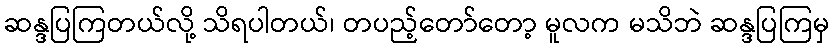
ဆန္ဒပြကြတယ်လို့ သိရပါတယ်၊ တပည့်တော်တော့ မူလက မသိဘဲ ဆန္ဒပြကြမှ